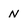
Character: n